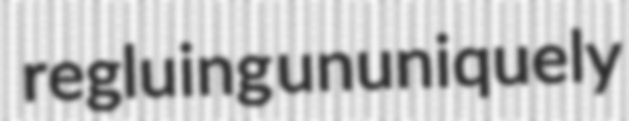
regluing ununiquely